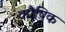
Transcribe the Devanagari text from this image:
कौषिक